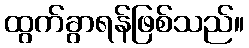
ထွက်ခွာရန်ဖြစ်သည်။